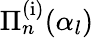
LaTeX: \Pi_{n}^{\mathrm{(i)}}(\alpha_{l})